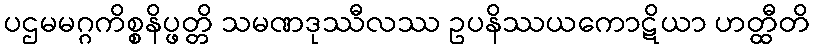
ပဌမမဂ္ဂကိစ္စနိပ္ဖတ္တိ သမဏဒုဿီလဿ ဥပနိဿယကောဋိယာ ဟတ္ထီတိ